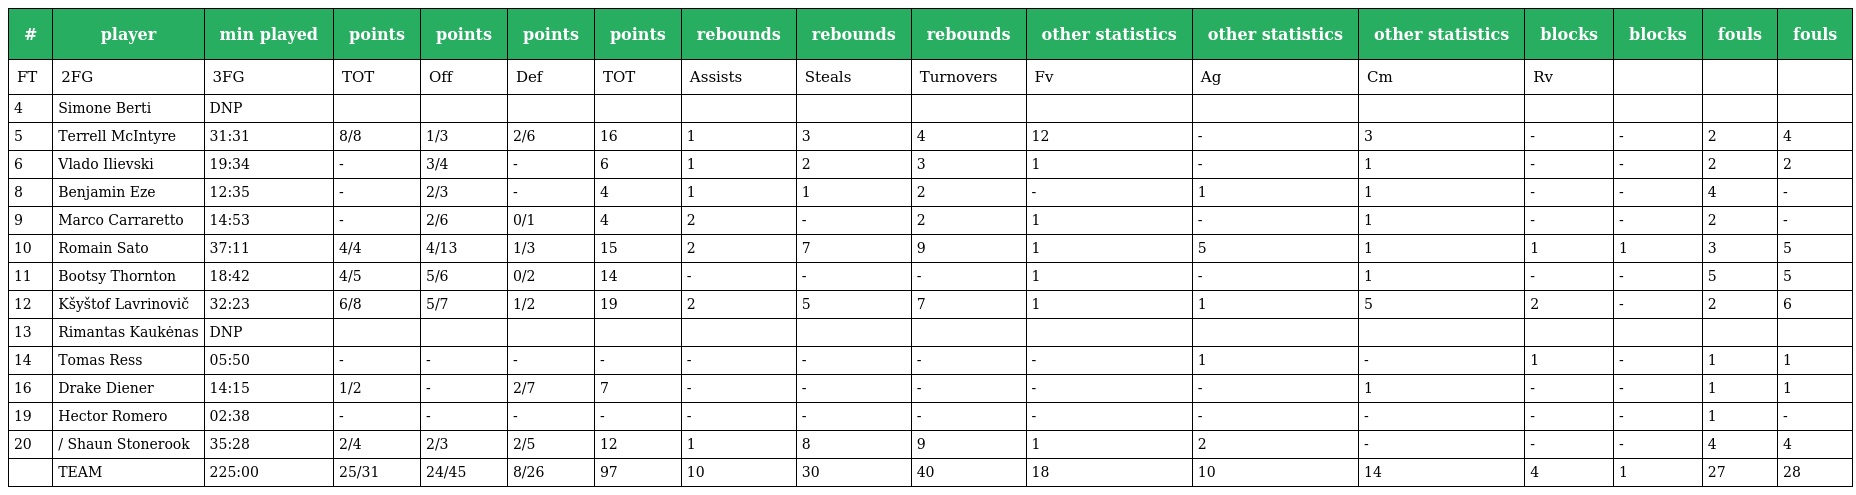
| # | player | min played | points | points | points | points | rebounds | rebounds | rebounds | other statistics | other statistics | other statistics | blocks | blocks | fouls | fouls |
 | --- | --- | --- | --- | --- | --- | --- | --- | --- | --- | --- | --- | --- | --- | --- | --- | --- |
 | FT | 2FG | 3FG | TOT | Off | Def | TOT | Assists | Steals | Turnovers | Fv | Ag | Cm | Rv |  |  |  |
 | 4 | Simone Berti | DNP |  |  |  |  |  |  |  |  |  |  |  |  |  |  |
 | 5 | Terrell McIntyre | 31:31 | 8/8 | 1/3 | 2/6 | 16 | 1 | 3 | 4 | 12 | - | 3 | - | - | 2 | 4 |
 | 6 | Vlado Ilievski | 19:34 | - | 3/4 | - | 6 | 1 | 2 | 3 | 1 | - | 1 | - | - | 2 | 2 |
 | 8 | Benjamin Eze | 12:35 | - | 2/3 | - | 4 | 1 | 1 | 2 | - | 1 | 1 | - | - | 4 | - |
 | 9 | Marco Carraretto | 14:53 | - | 2/6 | 0/1 | 4 | 2 | - | 2 | 1 | - | 1 | - | - | 2 | - |
 | 10 | Romain Sato | 37:11 | 4/4 | 4/13 | 1/3 | 15 | 2 | 7 | 9 | 1 | 5 | 1 | 1 | 1 | 3 | 5 |
 | 11 | Bootsy Thornton | 18:42 | 4/5 | 5/6 | 0/2 | 14 | - | - | - | 1 | - | 1 | - | - | 5 | 5 |
 | 12 | Kšyštof Lavrinovič | 32:23 | 6/8 | 5/7 | 1/2 | 19 | 2 | 5 | 7 | 1 | 1 | 5 | 2 | - | 2 | 6 |
 | 13 | Rimantas Kaukėnas | DNP |  |  |  |  |  |  |  |  |  |  |  |  |  |  |
 | 14 | Tomas Ress | 05:50 | - | - | - | - | - | - | - | - | 1 | - | 1 | - | 1 | 1 |
 | 16 | Drake Diener | 14:15 | 1/2 | - | 2/7 | 7 | - | - | - | - | - | 1 | - | - | 1 | 1 |
 | 19 | Hector Romero | 02:38 | - | - | - | - | - | - | - | - | - | - | - | - | 1 | - |
 | 20 | / Shaun Stonerook | 35:28 | 2/4 | 2/3 | 2/5 | 12 | 1 | 8 | 9 | 1 | 2 | - | - | - | 4 | 4 |
 |  | TEAM | 225:00 | 25/31 | 24/45 | 8/26 | 97 | 10 | 30 | 40 | 18 | 10 | 14 | 4 | 1 | 27 | 28 |